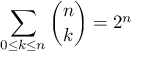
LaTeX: \sum _ { 0 \leq { k } \leq { n } } { \binom { n } { k } } = 2 ^ { n }